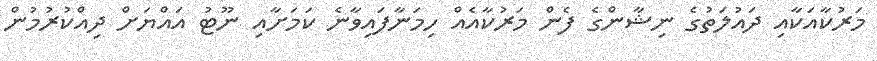
މަރުކާއަކާއި ދައުލަތުގެ ނިޝާންގެ ފެން މަރުކާއެއް ހިމަނާފައިވާނެ ކަމަށާއި ނޫޓު އައްޔަށް ދިއްކުރުމުން